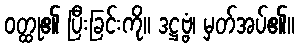
ဝတ္ထု၏ ပြီးခြင်းကို။ ဒဋ္ဌဗ္ဗံ၊ မှတ်အပ်၏။